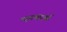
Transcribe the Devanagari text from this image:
एगबर्ट्स